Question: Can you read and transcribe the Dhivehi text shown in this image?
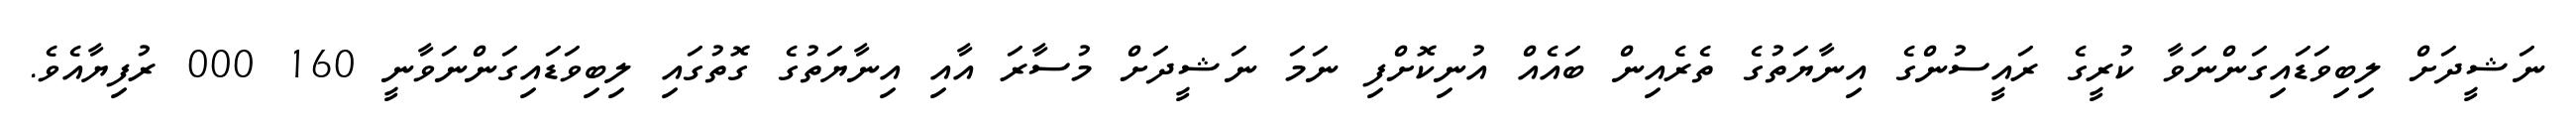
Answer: ނަޝީދަށް ލިބިވަޑައިގަންނަވާ ކުރީގެ ރައީސުންގެ އިނާޔަތުގެ ތެރެއިން ބައެއް އުނިކޮށްފި ނަމަ ނަޝީދަށް މުސާރަ އާއި އިނާޔަތުގެ ގޮތުގައި ލިބިވަޑައިގަންނަވާނީ 160 000 ރުފިޔާއެވެ.